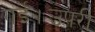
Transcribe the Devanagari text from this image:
गई।उपरी